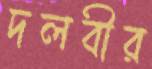
দলবীর